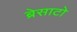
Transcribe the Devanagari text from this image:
ब्रेसाटो